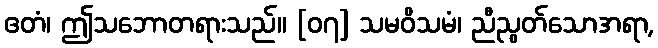
ဧတံ၊ ဤသဘောတရားသည်။ [၀၇] သမဝိသမံ၊ ညီညွတ်သောအရာ,